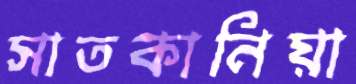
সাতকানিয়া